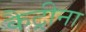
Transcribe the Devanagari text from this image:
कैट्रीना